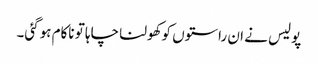
پولیس نے ان راستوں کوکھولنا چاہا تو ناکام ہوگئی۔